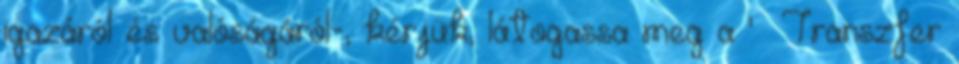
igazáról és valóságáról-, kérjük, látogassa meg a '» Transzfer